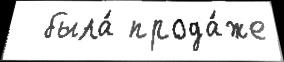
  была́ прода́же